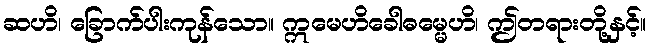
ဆဟိ၊ ခြောက်ပါးကုန်သော။ ဣမေဟိခေါဓမ္မေဟိ၊ ဤတရားတို့နှင့်။